Notes on vaccination in the North-West Frontier Province 1923-1928 - 1923-1928
Year: 1923
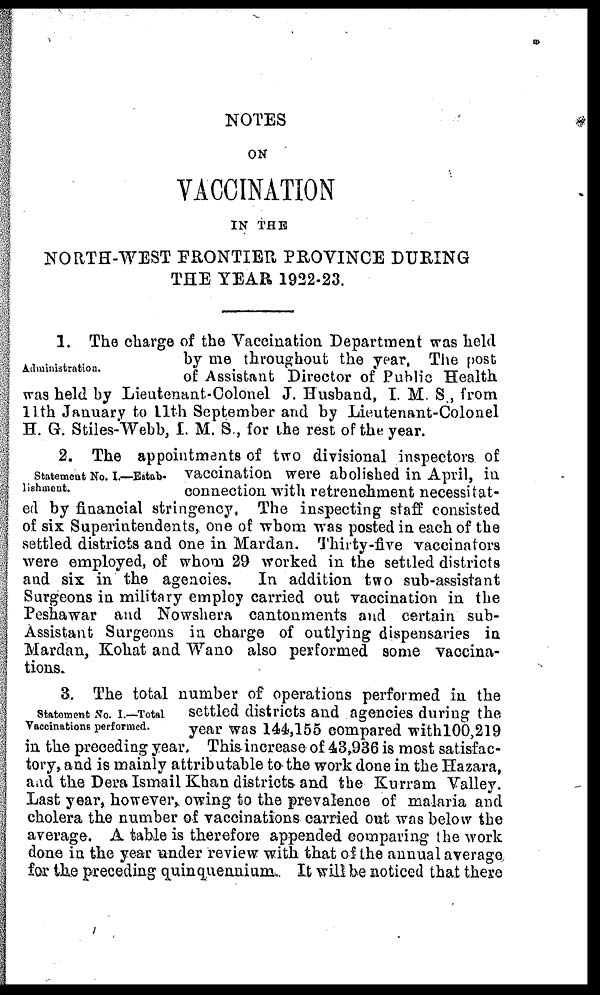
NOTES
ON
VACCINATION
IN THE
NORTH-WEST FRONTIER PROVINCE DURING
THE YEAR 1922-23.
Administration.
1. The charge of the Vaccination Department was held
by me throughout the year, The post
of Assistant Director of Public Health
was held by Lieutenant-Colonel J. Husband, I. M. S., from
11th January to 11th September and by Lieutenant-Colonel
H. G. Stiles-Webb, I. M. S., for the rest of the year.
Statement No. I.—Estab-
lishment.
2. The appointments of two divisional inspectors of
vaccination were abolished in April, in
connection with retrenchment necessitat-
ed by financial stringency, The inspecting staff consisted
of six Superintendents, one of whom was posted in each of the
settled districts and one in Mardan. Thirty-five vaccinators
were employed, of whom 29 worked in the settled districts
and six in the agencies.
In addition two sub-assistant
Surgeons in military employ carried out vaccination in the
Peshawar and Nowshera cantonments and certain sub-
Assistant Surgeons in charge of outlying dispensaries in
Mardan, Kohat and Wano also performed some vaccina-
tions.
Statement No. I.—Total
Vaccinations performed.
3. The total number of operations performed in the
settled districts and agencies during the
year was 144,155 compared with100,219
in the preceding year. This increase of 43,936 is most satisfac-
tory, and is mainly attributable to the work done in the Hazara,
and the Dera Ismail Khan districts and the Kurram Valley.
Last year, however, owing to the prevalence of malaria and
cholera the number of vaccinations carried out was below the
average. A table is therefore appended comparing the work
done in the year under review with that of the annual average
for the preceding quinquennium. It will be noticed that there